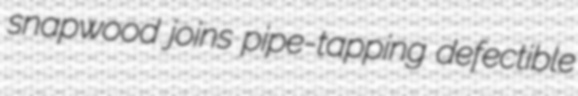
snapwood joins pipe-tapping defectible